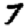
Digit: 7